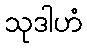
သုဒါဟံ